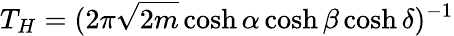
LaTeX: T_{H}=(2\pi\sqrt{2m}\cosh\alpha\cosh\beta\cosh\delta)^{-1}